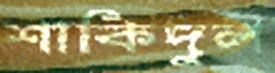
শাকিদুল